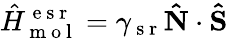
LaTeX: \hat{H}_{\mathrm{~m~o~l~}}^{\mathrm{~e~s~r~}}=\gamma_{\mathrm{~s~r~}}\mathbf{\hat{N}}\cdot\mathbf{\hat{S}}